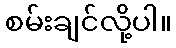
စမ်းချင်လို့ပါ။